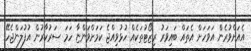
އެއަށްވުރެން އަވަހަށް އެތައް ބައިވަރު ރިޒޯޓުތަކެއް ހުޅުވިއްޖެ ކަމަށްވަންޏާ ހަމަ ސަރުކާރުން އުފުލަންޖެހޭ